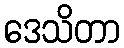
ဒေသိတာ